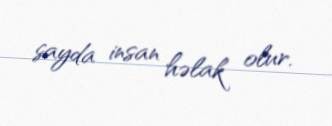
sayda insan həlak olur.